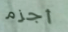
أجزم